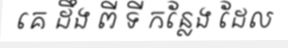
គេ ដឹង ពី ទី កន្លែង ដែល